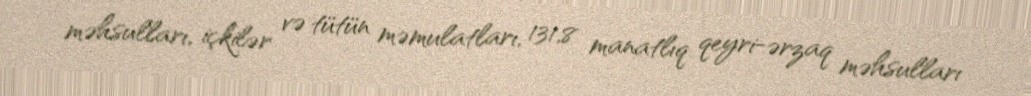
məhsulları, içkilər və tütün məmulatları, 131,8 manatlıq qeyri-ərzaq məhsulları